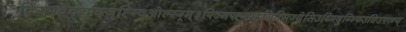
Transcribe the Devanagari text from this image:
क्रिफ्फ्वेक्न्फ्द्जुह्ग्विओल्स्ग्र्म्३फ्ज्निफ्ह्ग्फ्ह्सित्मिज्धेसिउथ्मिदुग्भ्फिउघिउफ्व्न्य्